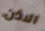
الاذن